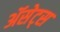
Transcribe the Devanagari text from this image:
ॲसेट्स